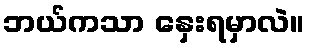
ဘယ်ကသာ နှေးရမှာလဲ။